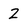
Character: 2